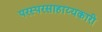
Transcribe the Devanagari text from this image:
परस्परसाहाय्यकारी